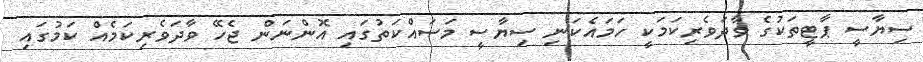
ސިޔާސީ ޕާޓީތަކުގެ ވާދަވެރިކަމަކީ ހަމައެކަނި ސިޔާސީ މަސައްކަތުގައި އޮންނަން ޖެހޭ ވާދަވެރިކަމެއް ކަމުގައި